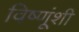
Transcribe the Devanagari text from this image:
विष्णूंशी